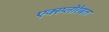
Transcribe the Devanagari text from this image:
एक्स्प्लोरेबल